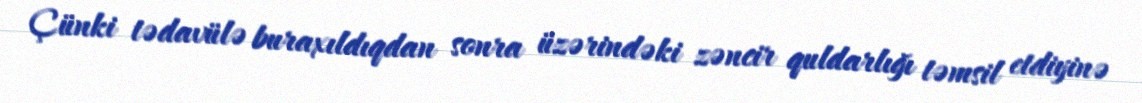
Çünki tədavülə buraxıldıqdan sonra üzərindəki zəncir quldarlığı təmsil etdiyinə